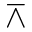
\barwedge